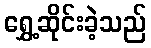
ရွှေ့ဆိုင်းခဲ့သည်